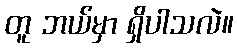
တူ ဘယ်မှာ ရှိပါသလဲ။